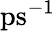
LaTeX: \mathrm{ps^{-1}}